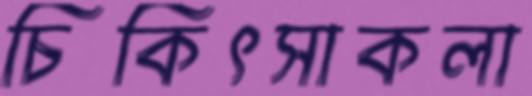
চিকিৎসাকলা